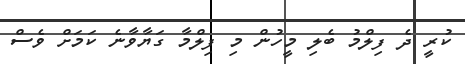
ކުރީ ދެ ފިލްމު ބެލި މީހުން މި ފިލްމާ ގަޔާވާނެ ކަމަށް ވެސް